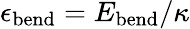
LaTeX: \epsilon_{\mathrm{bend}}=E_{\mathrm{bend}}/\kappa